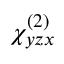
\chi _ { y z x } ^ { ( 2 ) }